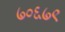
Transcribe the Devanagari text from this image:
७०६७९